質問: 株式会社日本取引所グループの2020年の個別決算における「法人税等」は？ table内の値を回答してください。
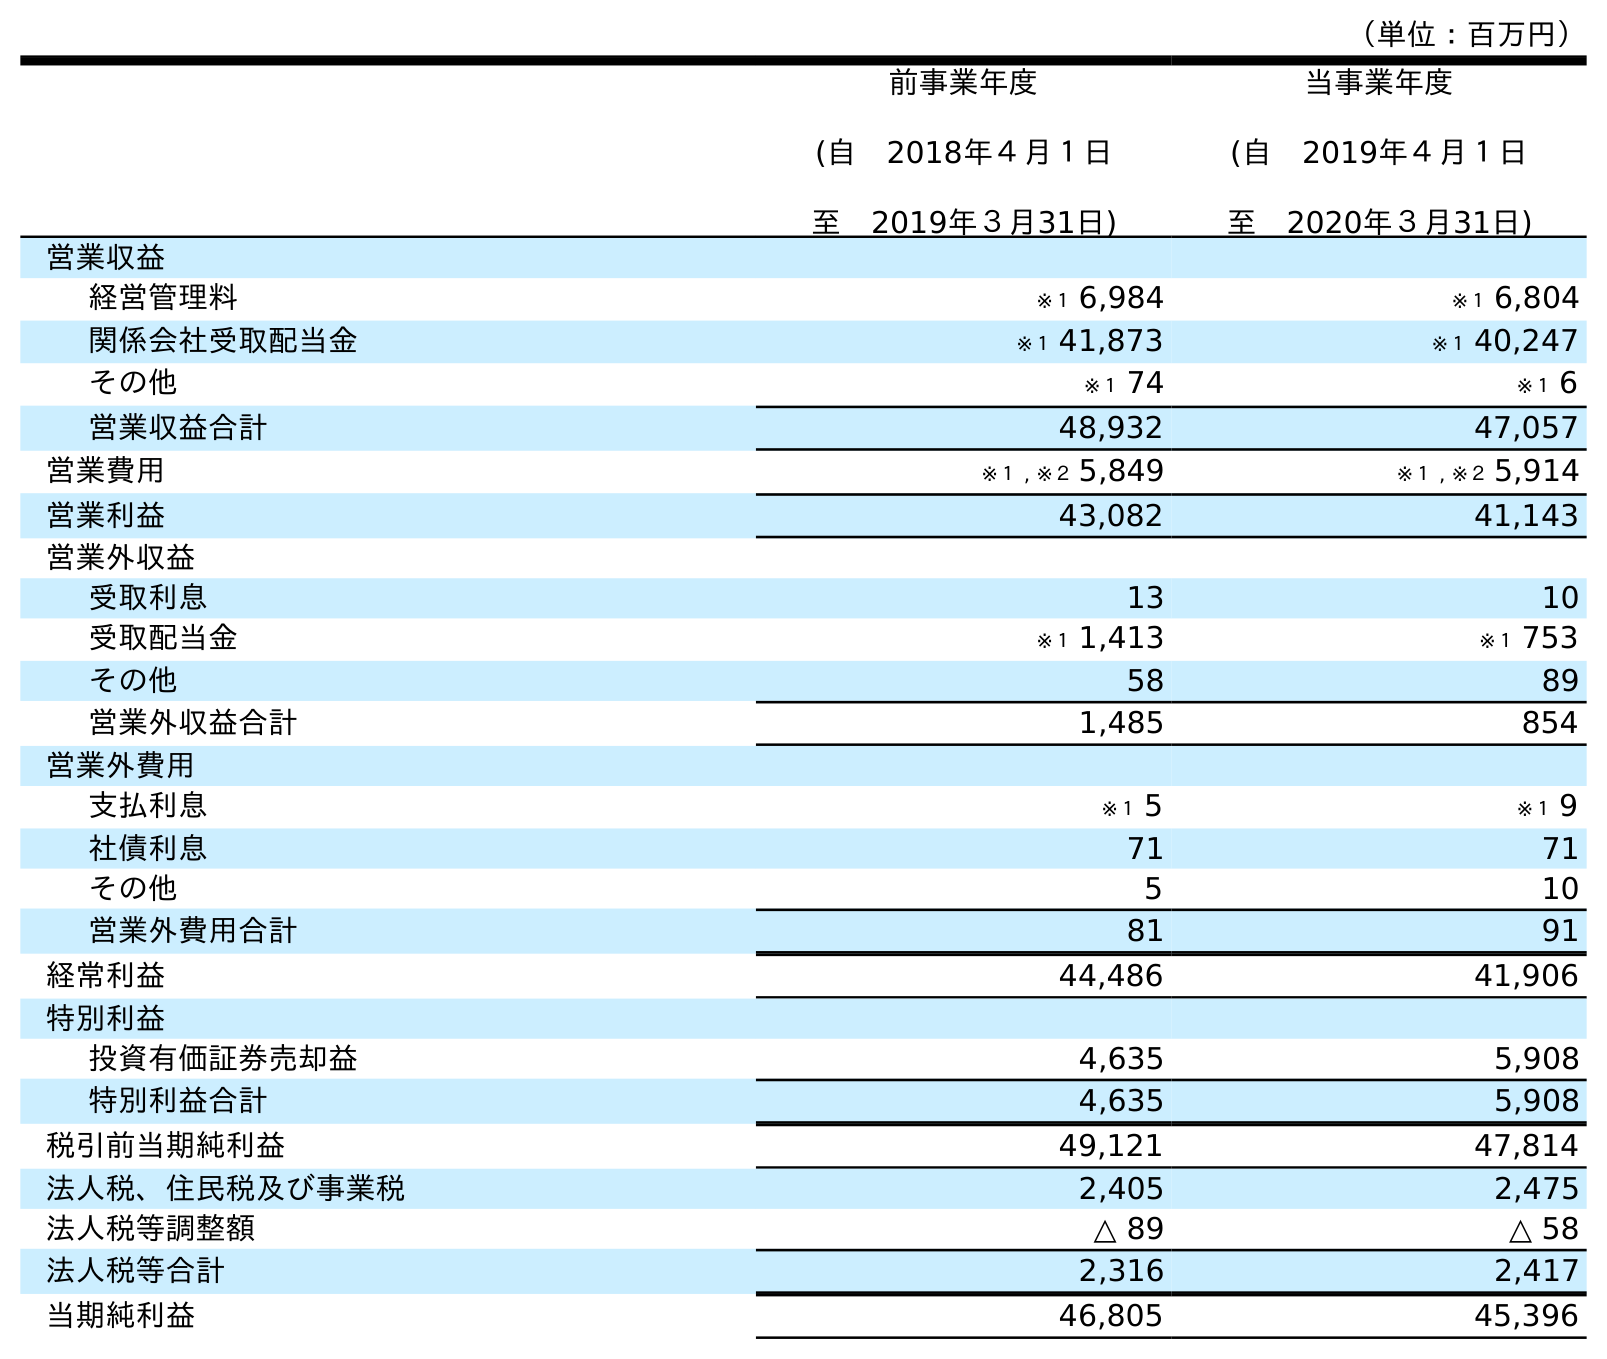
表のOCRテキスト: （単位：百万円） 前事業年度 (自 2018年４月１日 至 2019年３月31日) 当事業年度 (自 2019年４月１日 至 2020年３月31日) 営業収益 経営管理料 ※１ 6,984 ※１ 6,804 関係会社受取配当金 ※１ 41,873 ※１ 40,247 その他 ※１ 74 ※１ 6 営業収益合計 48,932 47,057 営業費用 ※１ , ※２ 5,849 ※１ , ※２ 5,914 営業利益 43,082 41,143 営業外収益 受取利息 13 10 受取配当金 ※１ 1,413 ※１ 753 その他 58 89 営業外収益合計 1,485 854 営業外費用 支払利息 ※１ 5 ※１ 9 社債利息 71 71 その他 5 10 営業外費用合計 81 91 経常利益 44,486 41,906 特別利益 投資有価証券売却益 4,635 5,908 特別利益合計 4,635 5,908 税引前当期純利益 49,121 47,814 法人税、住民税及び事業税 2,405 2,475 法人税等調整額 △ 89 △ 58 法人税等合計 2,316 2,417 当期純利益 46,805 45,396
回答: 2,417